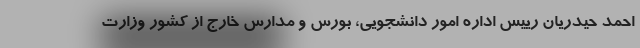
احمد حیدریان رییس اداره امور دانشجویی، بورس و مدارس خارج از کشور وزارت